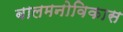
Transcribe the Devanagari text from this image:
बालमनोविकास